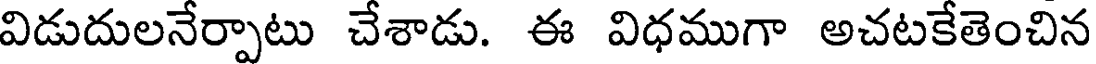
విడుదులనేర్పాటు చేశాడు. ఈ విధముగా అచటకేతెంచిన